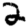
Digit: 2